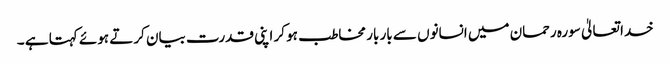
خدا تعالیٰ سورہ رحمان میں انسانوں سے بار بار مخاطب ہو کر اپنی قدرت بیان کرتے ہوئے کہتا ہے ۔